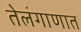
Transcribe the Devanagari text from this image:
तेलंगाणात